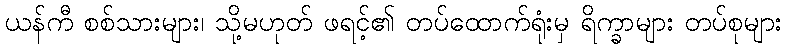
ယန်ကီ စစ်သားများ၊ သို့မဟုတ် ဖရင့်၏ တပ်ထောက်ရုံးမှ ရိက္ခာများ တပ်စုများ